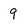
Character: 9